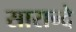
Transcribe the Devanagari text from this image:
सारान्दे